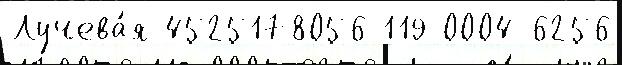
Лучева́я 4525178056 119 0004-6256